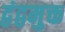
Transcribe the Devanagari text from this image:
द्वंद्वमुक्त